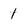
Character: 1